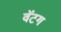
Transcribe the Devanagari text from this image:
वॅटग